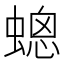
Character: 𧏀